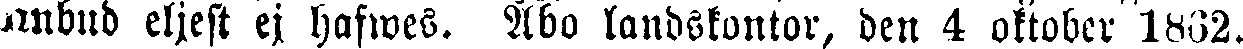
ombud eljest ej hafwes. Åbo landskontor, den 4 oktober 1862.